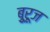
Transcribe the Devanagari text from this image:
बुूरूज